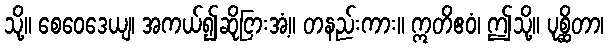
သို့။ စေဝေဒေယျ၊ အကယ်၍ဆိုငြားအံ့။ တနည်းကား။ ဣတိဧဝံ၊ ဤသို့။ ပုစ္ဆိတာ၊